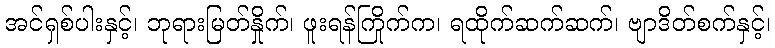
အင်ရှစ်ပါးနှင့်၊ ဘုရားမြတ်နှိုက်၊ ဖူးရန်ကြိုက်က၊ ရထိုက်ဆက်ဆက်၊ ဗျာဒိတ်စက်နှင့်၊